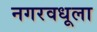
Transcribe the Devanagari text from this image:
नगरवधूला